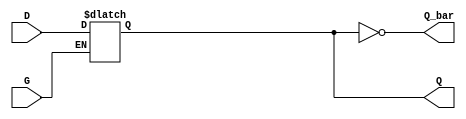
module GatedDLatch (
    input wire D,      // Data input
    input wire G,      // Gate/Enable input
    output reg Q,      // Output
    output wire Q_bar  // Complementary output
);

// Complementary output
assign Q_bar = ~Q;

// Always block for latch behavior
always @(*) begin
    if (G) begin
        Q = D;  // When G is high, Q follows D
    end
    // When G is low, Q holds its previous state (latch behavior)
end

endmodule